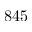
8 4 5